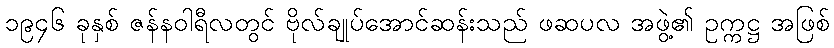
၁၉၄၆ ခုနှစ် ဇန်နဝါရီလတွင် ဗိုလ်ချုပ်အောင်ဆန်းသည် ဖဆပလ အဖွဲ့၏ ဥက္ကဋ္ဌ အဖြစ်